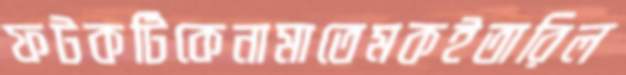
ফটকটিকেনামাতেমকইতারিল